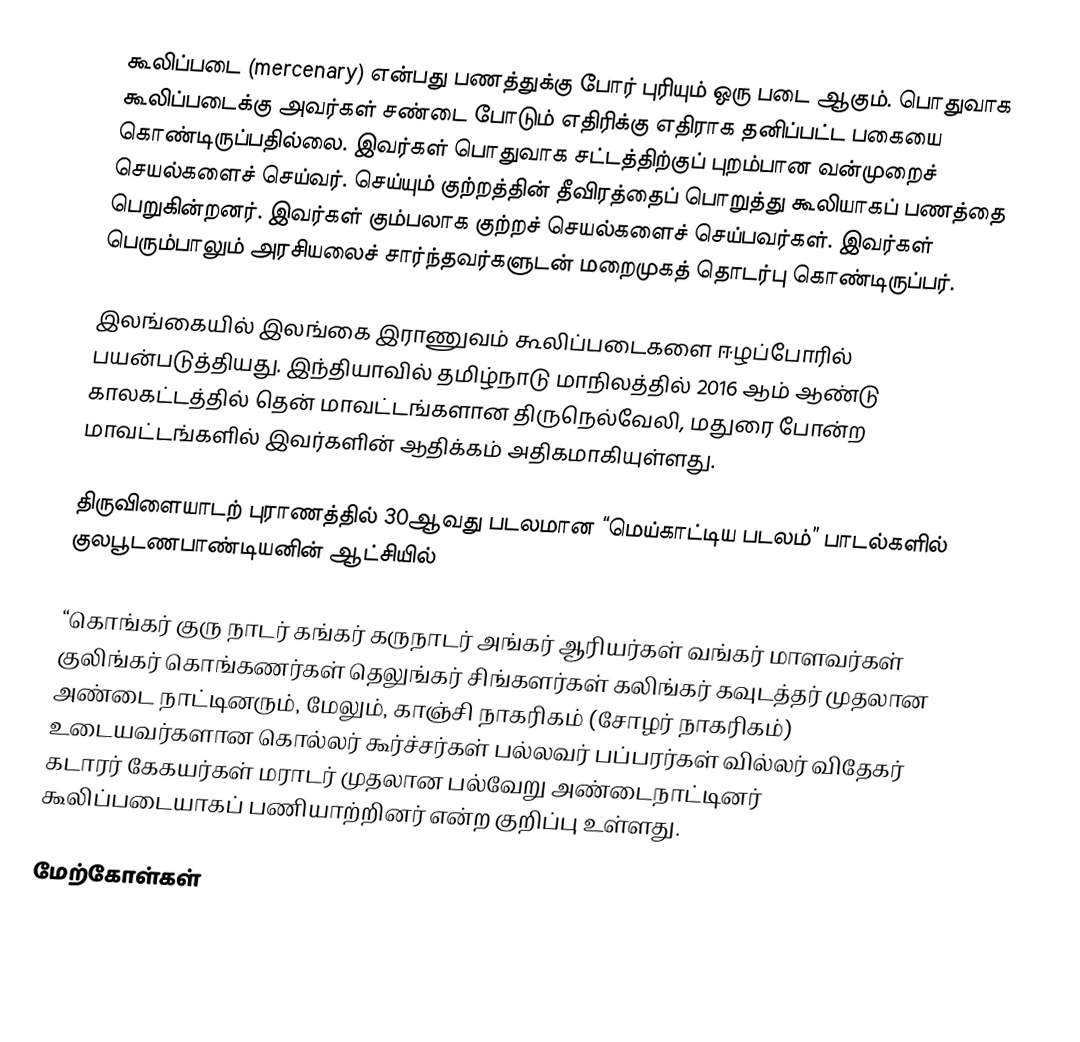
கூலிப்படை (mercenary) என்பது பணத்துக்கு போர் புரியும் ஒரு படை ஆகும். பொதுவாக கூலிப்படைக்கு அவர்கள் சண்டை போடும் எதிரிக்கு எதிராக தனிப்பட்ட பகையை கொண்டிருப்பதில்லை. இவர்கள் பொதுவாக சட்டத்திற்குப் புறம்பான வன்முறைச் செயல்களைச் செய்வர். செய்யும் குற்றத்தின் தீவிரத்தைப் பொறுத்து கூலியாகப் பணத்தை பெறுகின்றனர். இவர்கள் கும்பலாக குற்றச் செயல்களைச் செய்பவர்கள். இவர்கள் பெரும்பாலும் அரசியலைச் சார்ந்தவர்களுடன் மறைமுகத் தொடர்பு கொண்டிருப்பர்.

இலங்கையில் இலங்கை இராணுவம் கூலிப்படைகளை ஈழப்போரில் பயன்படுத்தியது. இந்தியாவில் தமிழ்நாடு மாநிலத்தில் 2016 ஆம் ஆண்டு காலகட்டத்தில் தென் மாவட்டங்களான திருநெல்வேலி, மதுரை போன்ற மாவட்டங்களில் இவர்களின் ஆதிக்கம் அதிகமாகியுள்ளது.

திருவிளையாடற் புராணத்தில் 30ஆவது படலமான “மெய்காட்டிய படலம்” பாடல்களில் குலபூடணபாண்டியனின் ஆட்சியில்

“கொங்கர் குரு நாடர் கங்கர் கருநாடர் அங்கர் ஆரியர்கள் வங்கர் மாளவர்கள் குலிங்கர் கொங்கணர்கள் தெலுங்கர் சிங்களர்கள் கலிங்கர் கவுடத்தர் முதலான அண்டை நாட்டினரும், மேலும், காஞ்சி நாகரிகம் (சோழர் நாகரிகம்) உடையவர்களான கொல்லர் கூர்ச்சர்கள் பல்லவர் பப்பரர்கள் வில்லர் விதேகர் கடாரர் கேகயர்கள் மராடர் முதலான பல்வேறு அண்டைநாட்டினர் கூலிப்படையாகப் பணியாற்றினர் என்ற குறிப்பு உள்ளது.

மேற்கோள்கள்